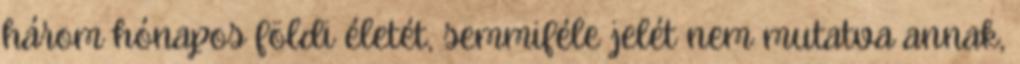
három hónapos földi életét, semmiféle jelét nem mutatva annak,